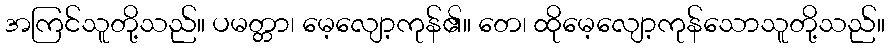
အကြင်သူတို့သည်။ ပမတ္တာ၊ မေ့လျော့ကုန်၏။ တေ၊ ထိုမေ့လျော့ကုန်သောသူတို့သည်။